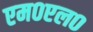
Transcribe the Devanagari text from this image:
एम०एल०